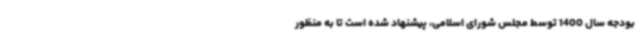
بودجه سال 1400 توسط مجلس شورای اسلامی، پیشنهاد شده است تا به منظور